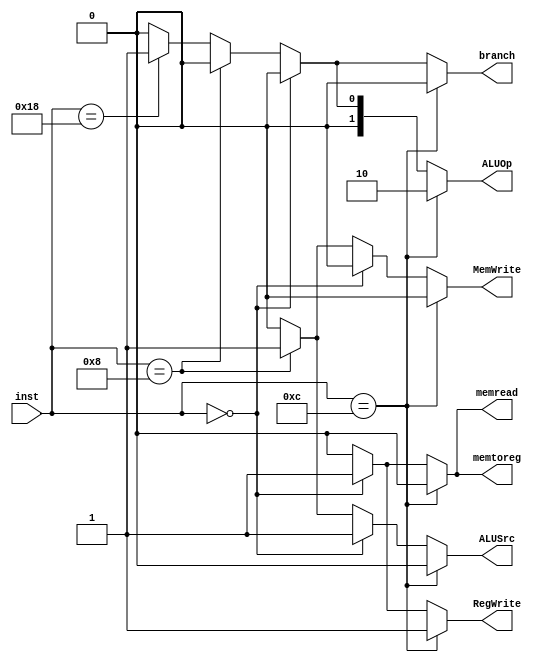
`timescale 1ns / 1ps


module ControlUnit(
input  [4:0] inst,
output reg branch,
output reg memread,
output reg memtoreg,
output reg [1:0] ALUOp,
output reg MemWrite,
output reg ALUSrc,
output reg RegWrite
    );
    
    always @(*) begin
    
    if(inst == 5'b01100) begin //R-Inst
        branch =0;
        memread  = 0;
        memtoreg = 0;
        ALUOp = 2'b10;
        MemWrite = 0;
        ALUSrc = 0;
        RegWrite = 1;
    end
    else if(inst == 5'b00000) begin //LOAD INST
        branch =0;
        memread  = 1;
        memtoreg = 1;
        ALUOp = 2'b00;
        MemWrite = 0;
        ALUSrc = 1;
        RegWrite = 1;
    end 
    else if(inst == 5'b01000) begin //STORE INST
        branch =0;
        memread  = 0;
        memtoreg = 0;
        ALUOp = 2'b00;
        MemWrite = 1;
        ALUSrc = 1;
        RegWrite = 0;
    end 
    else if(inst == 5'b11000) begin //BRANCH INST
        branch = 1;
        memread  = 0;
        memtoreg = 0;
        ALUOp = 2'b01;
        MemWrite = 0;
        ALUSrc = 0;
        RegWrite = 0;
    end
    else begin
        branch = 0;
        memread  = 0;
        memtoreg = 0;
        ALUOp = 2'b0;
        MemWrite = 0;
        ALUSrc = 0;
        RegWrite = 0;
    end
    end
    
     
endmodule